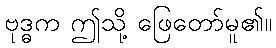
ဗုဒ္ဓက ဤသို့ ဖြေတော်မူ၏။